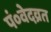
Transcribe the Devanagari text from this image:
पं०वेदव्रत